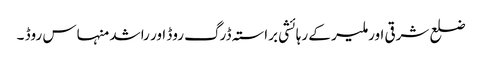
ضلع شرقی اور ملیر کے رہائشی براستہ ڈرگ روڈ اور راشد منہاس روڈ ۔